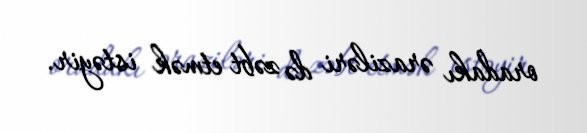
oradakı əraziləri də zəbt etmək istəyir.